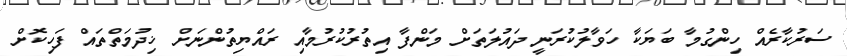
ސަރުކާރެއް ހިންގުމާ ބަޔަކާ ހަވާލުކުރަނީ ދައުލަތަށް މަންފާ އިތުރުކުރުމާއި ރައްޔިތުންނަށް ޚިދުމަތްތައް ފަހިކޮށް